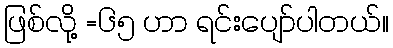
ဖြစ်လို့ =၆၅ ဟာ ရင်းပျော်ပါတယ်။